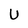
Character: U